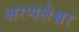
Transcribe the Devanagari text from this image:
अरप्पलेश्वर